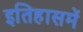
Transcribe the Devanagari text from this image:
इतिहासमें